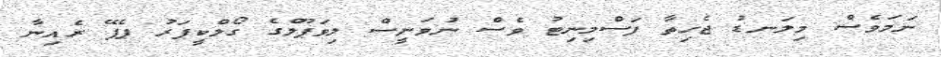
ނަމަވެސް މިލަނޑު ޖެހިތާ ފަސްމިނިޓު ވެސް ނުވަނީސް ލިވަޕޫލްގެ ގޯލްކީޕަރު ޕެޕޭ ރެއިނާ